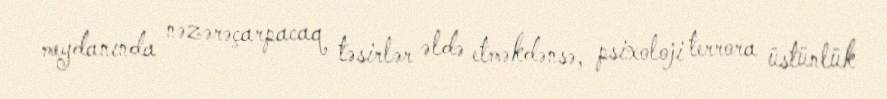
meydanında nəzərəçarpacaq təsirlər əldə etməkdənsə, psixoloji terrora üstünlük